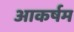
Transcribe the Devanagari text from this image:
आकर्षम